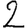
Digit: 2